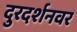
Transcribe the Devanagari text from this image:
दुरदर्शनवर